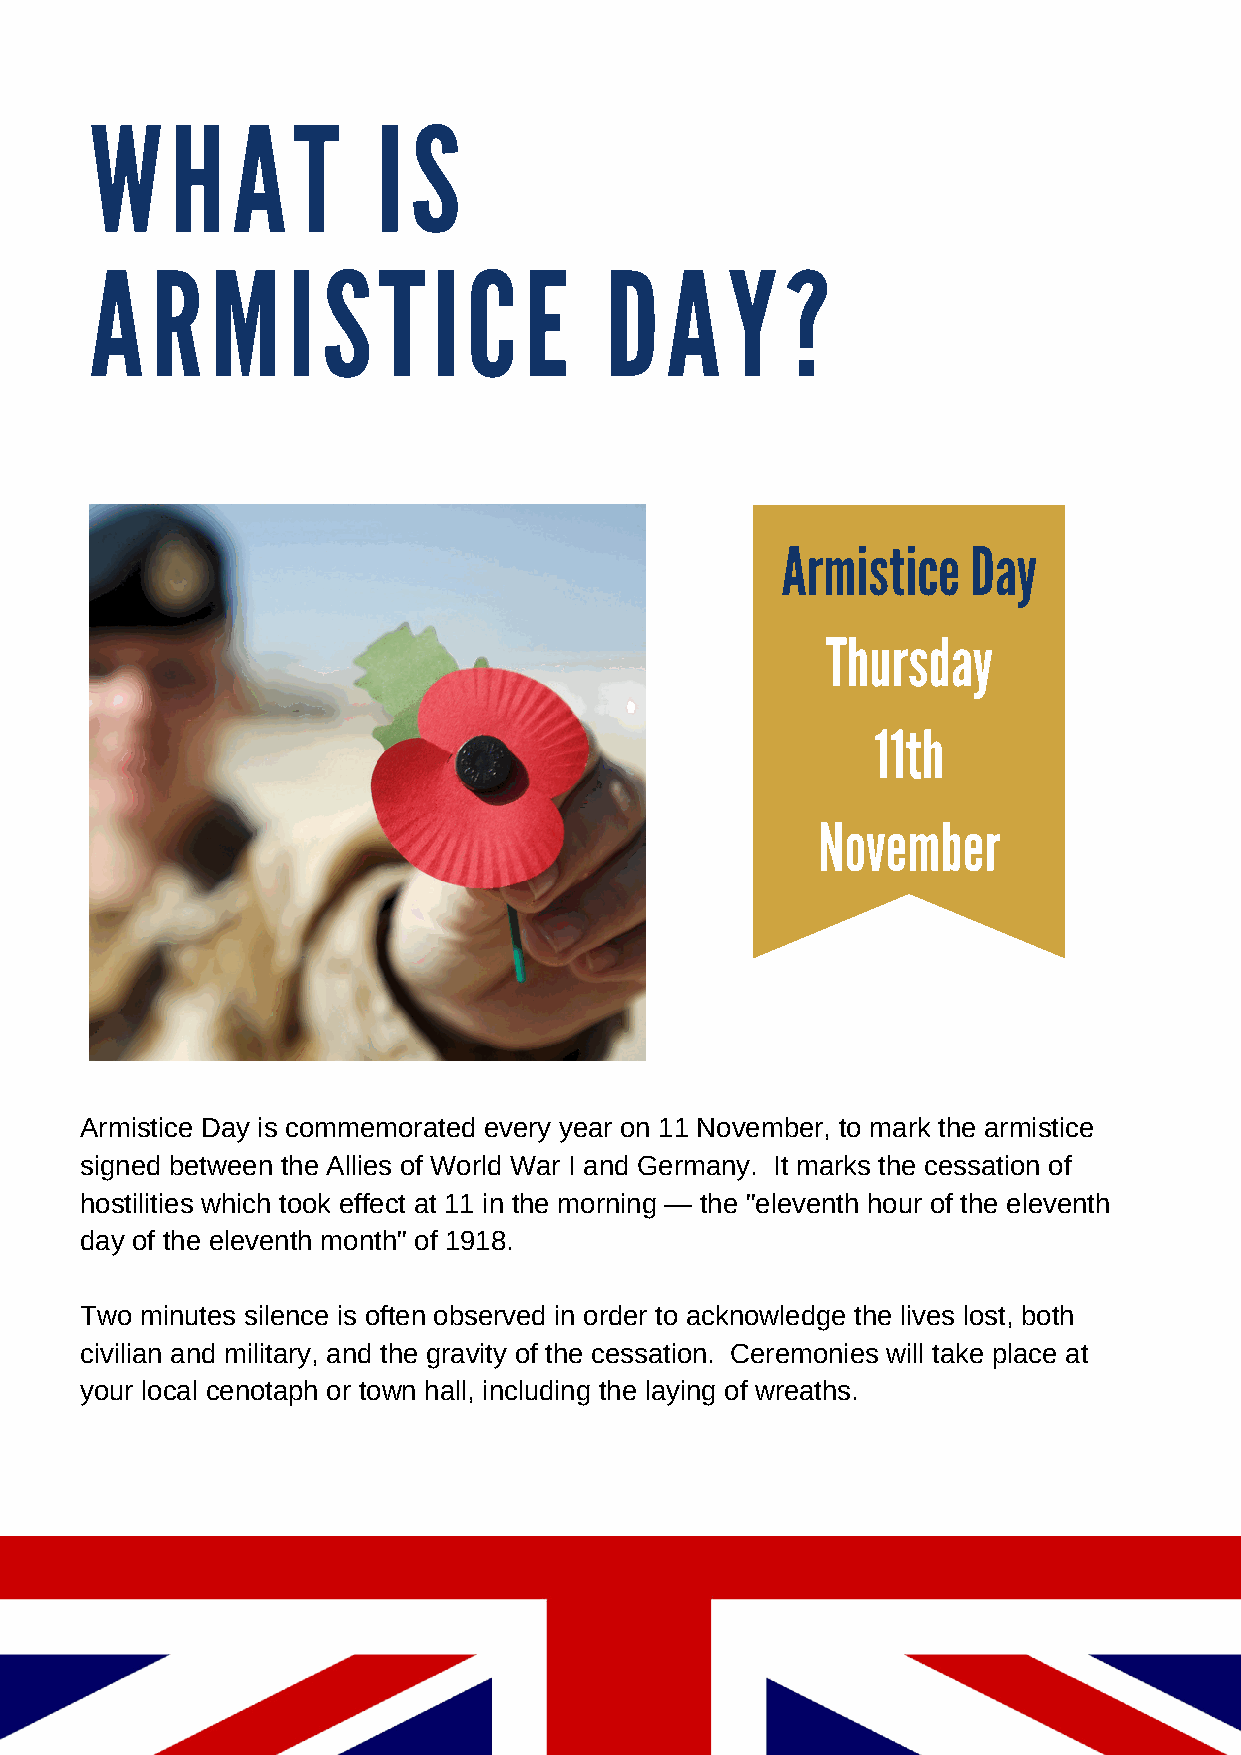
W    H   A   T     I S
 A   R   M    I S   T   I C   E    D   A   Y   ?
 Armistice   Day
 Thursday
 11th
 November
 Armistice Day is commemorated every year on 11 November, to mark the armistice
 signed between the Allies of World War I and Germany. It marks the cessation of
 hostilities which took effect at 11 in the morning — the "eleventh hour of the eleventh
 day of the eleventh month" of 1918.
 Two minutes silence is often observed in order to acknowledge the lives lost, both
 civilian and military, and the gravity of the cessation. Ceremonies will take place at
 your local cenotaph or town hall, including the laying of wreaths.